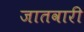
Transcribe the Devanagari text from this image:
जातवारी